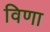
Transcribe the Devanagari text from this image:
विणा